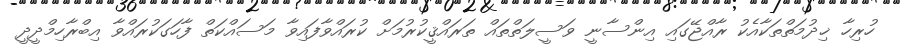
ހުރިހާ ޚިދުމަތްތަކާއެކު ރާއްޖޭގައި އިންސާނީ ވަސީލަތްތައް ތަރައްޤީކުރުމަށް ކުރައްވާފައިވާ މަސައްކަތް ފާހަގަކުރައްވާ އިބްރާހިމްދީދީ